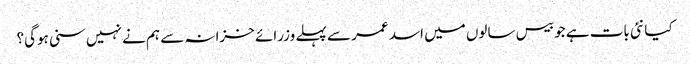
کیا نئی بات ہے جو بیس سالوں میں اسد عمر سے پہلے وزرائے خزانہ سے ہم نے نہیں سنی ہوگی؟